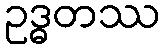
ဥဒ္ဓတဿ